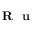
\textbf { R } \textbf { u }